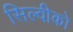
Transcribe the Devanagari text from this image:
सिल्वीको